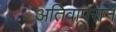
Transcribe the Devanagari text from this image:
अतिवापराने